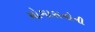
યોગાસનોની